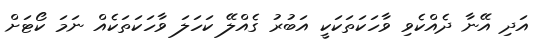
އަދި އޭނާ ދެެއްކެވި ވާހަކަތަަކަކީ އަބުރު ގެއްލޭ ކަހަަލަ ވާހަކަތަކެއް ނަމަ ކޯޓަށް